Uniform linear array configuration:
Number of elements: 16
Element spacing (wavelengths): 0.25
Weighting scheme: hamming
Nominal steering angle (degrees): -15
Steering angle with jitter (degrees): -13.976
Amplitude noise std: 0.05
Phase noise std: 0.05

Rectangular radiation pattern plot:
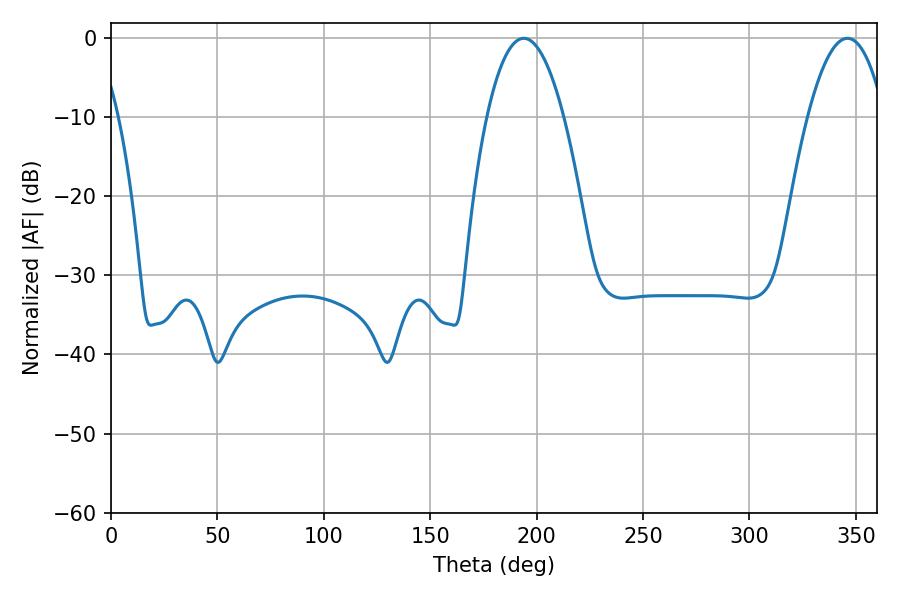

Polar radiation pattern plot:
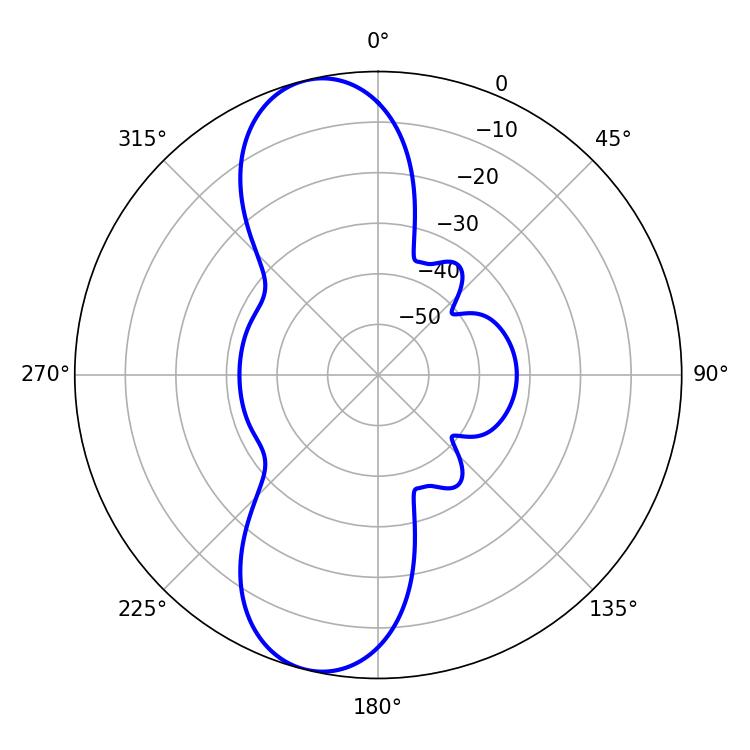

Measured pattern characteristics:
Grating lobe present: FALSE
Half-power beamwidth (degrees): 19.98
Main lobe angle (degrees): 193.86